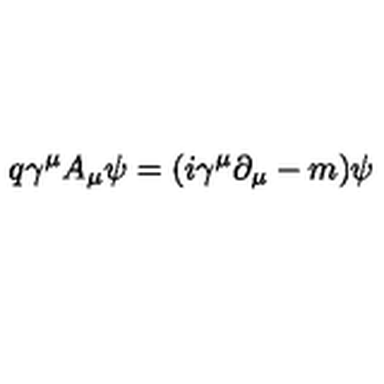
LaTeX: q \gamma ^ { \mu } A _ { \mu } \psi = ( i \gamma ^ { \mu } \partial _ { \mu } - m ) \psi